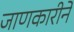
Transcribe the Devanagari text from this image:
जाणकारीने